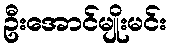
ဦးအောင်မျိုးမင်း